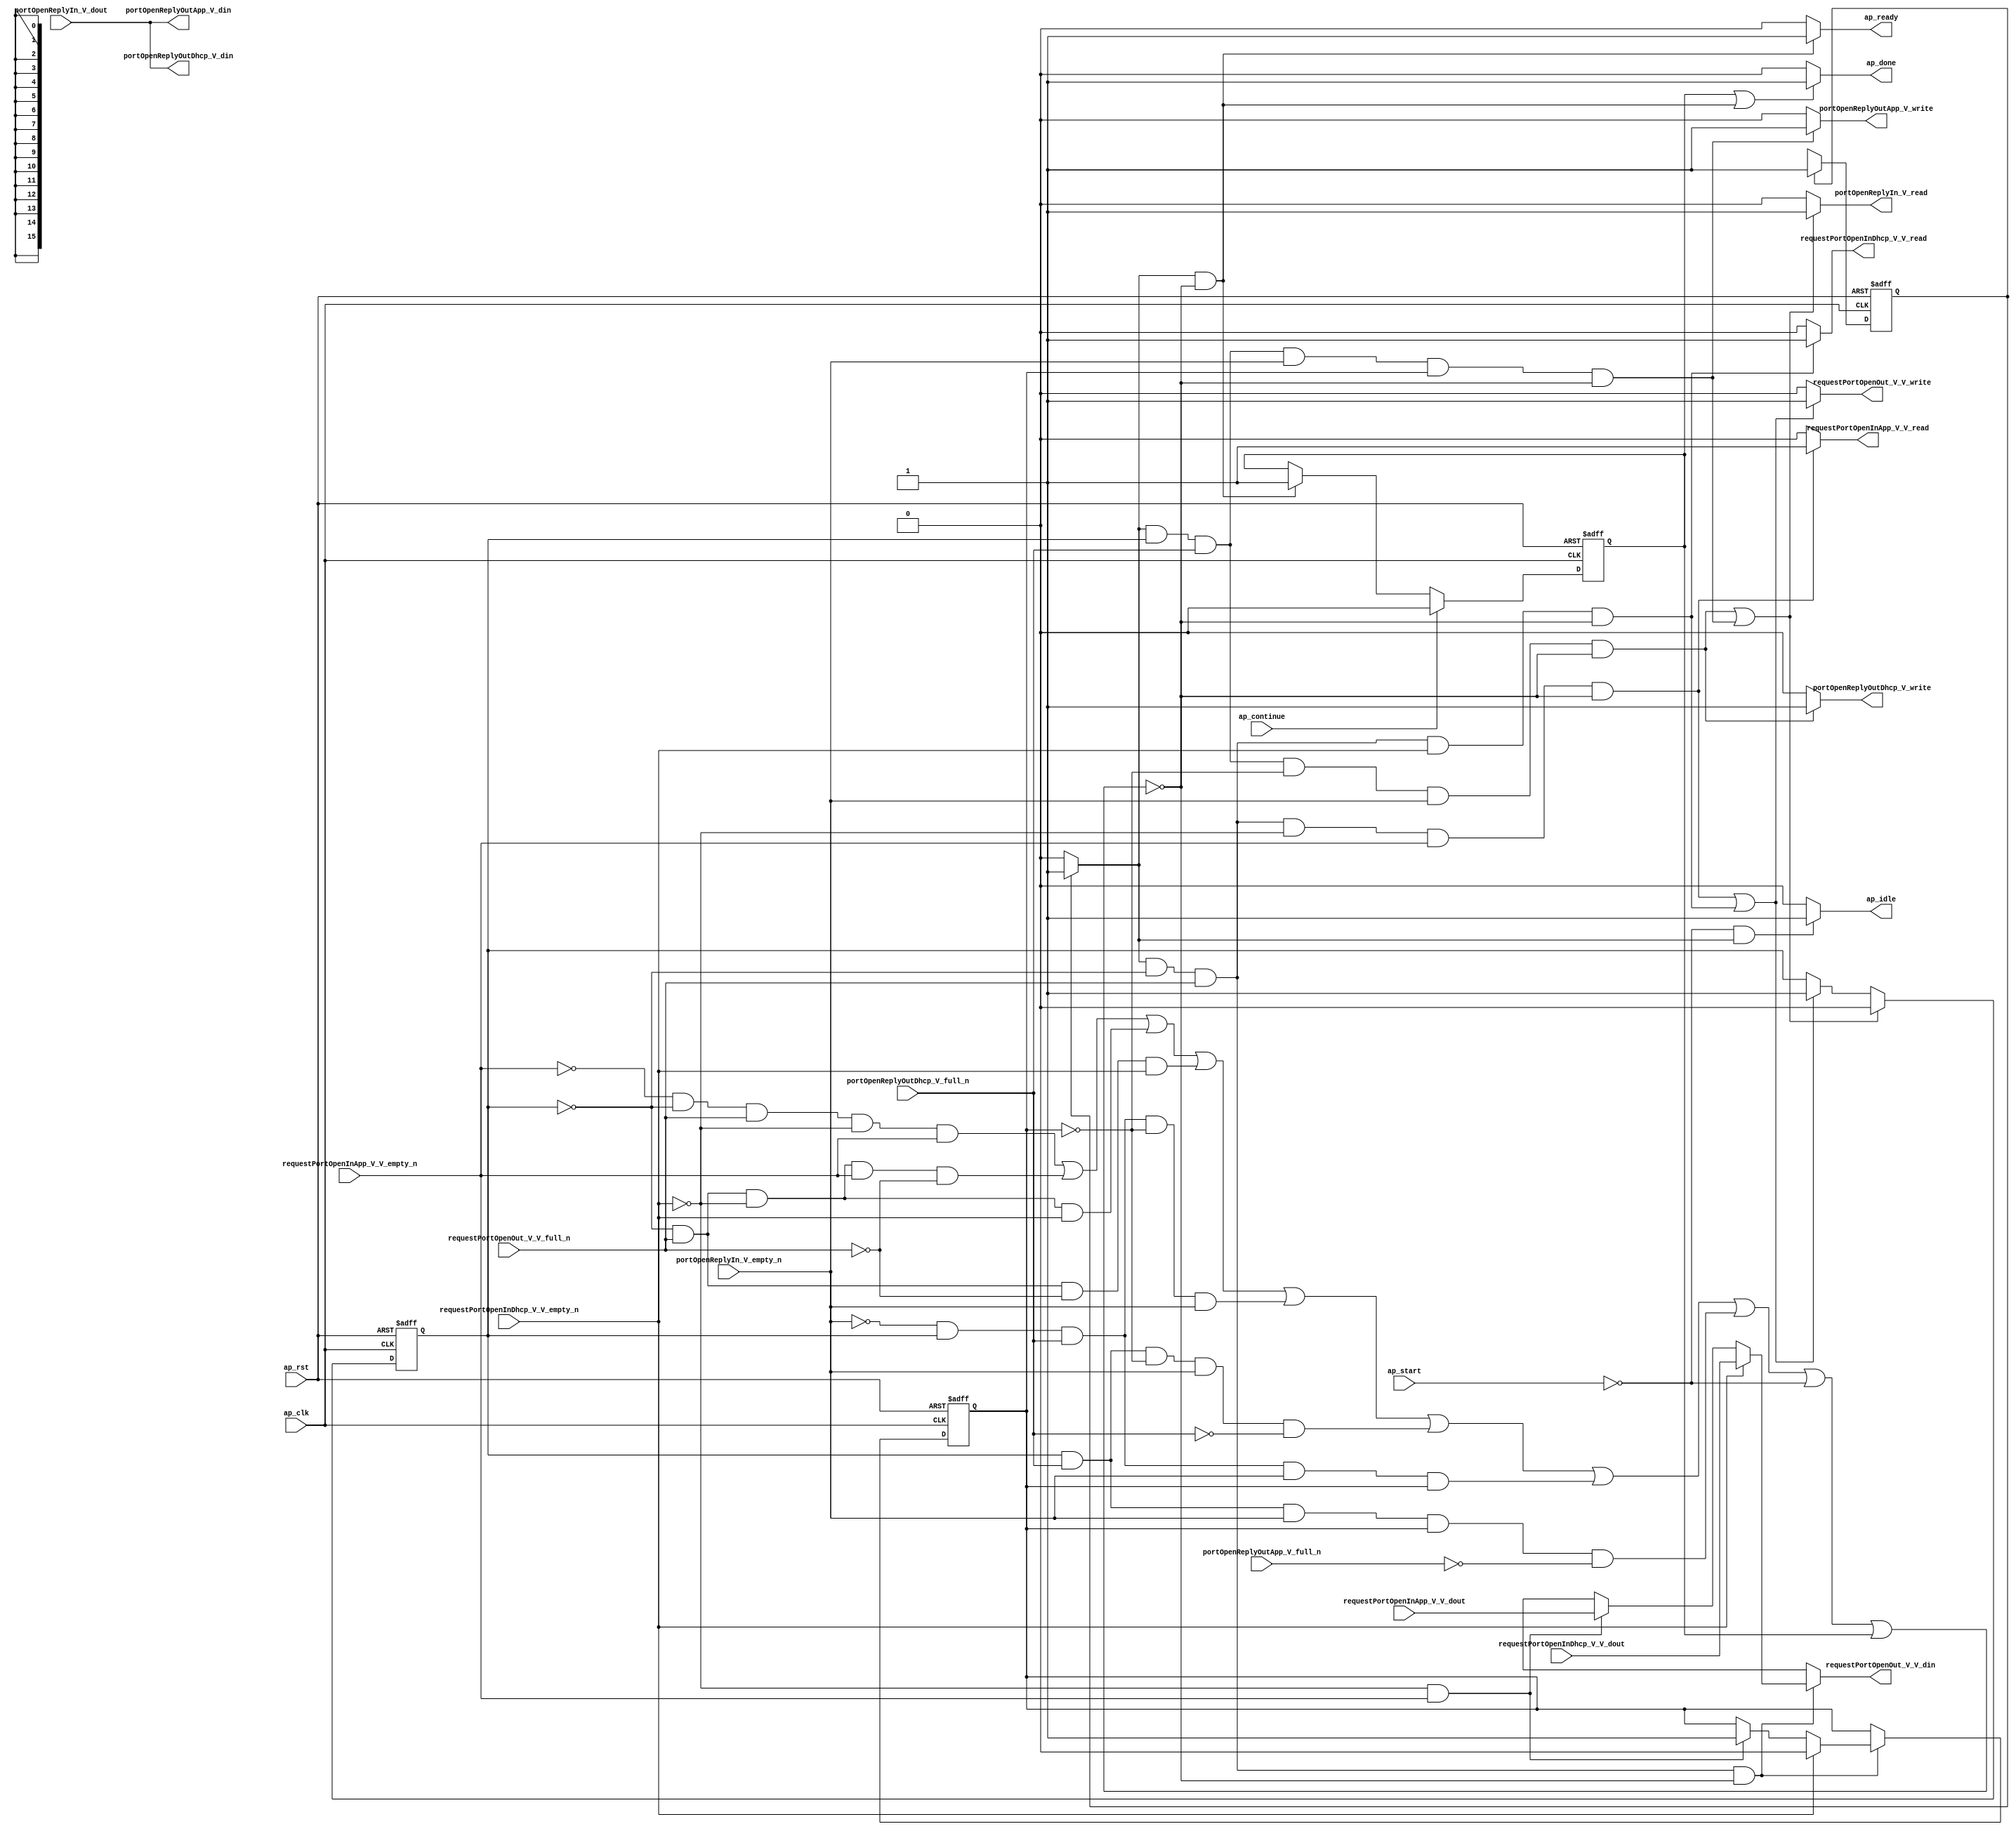
// ==============================================================
// RTL generated by Vivado(TM) HLS - High-Level Synthesis from C, C++ and SystemC
// Version: 2015.1
// Copyright (C) 2015 Xilinx Inc. All rights reserved.
// 
// ===========================================================

`timescale 1 ns / 1 ps 

module udpAppMux_appMuxPortPath (
        ap_clk,
        ap_rst,
        ap_start,
        ap_done,
        ap_continue,
        ap_idle,
        ap_ready,
        requestPortOpenOut_V_V_din,
        requestPortOpenOut_V_V_full_n,
        requestPortOpenOut_V_V_write,
        portOpenReplyIn_V_dout,
        portOpenReplyIn_V_empty_n,
        portOpenReplyIn_V_read,
        requestPortOpenInDhcp_V_V_dout,
        requestPortOpenInDhcp_V_V_empty_n,
        requestPortOpenInDhcp_V_V_read,
        portOpenReplyOutDhcp_V_din,
        portOpenReplyOutDhcp_V_full_n,
        portOpenReplyOutDhcp_V_write,
        requestPortOpenInApp_V_V_dout,
        requestPortOpenInApp_V_V_empty_n,
        requestPortOpenInApp_V_V_read,
        portOpenReplyOutApp_V_din,
        portOpenReplyOutApp_V_full_n,
        portOpenReplyOutApp_V_write
);

parameter    ap_const_logic_1 = 1'b1;
parameter    ap_const_logic_0 = 1'b0;
parameter    ap_ST_st1_fsm_0 = 1'b1;
parameter    ap_const_lv32_0 = 32'b00000000000000000000000000000000;
parameter    ap_const_lv1_1 = 1'b1;
parameter    ap_const_lv1_0 = 1'b0;
parameter    ap_true = 1'b1;

input   ap_clk;
input   ap_rst;
input   ap_start;
output   ap_done;
input   ap_continue;
output   ap_idle;
output   ap_ready;
output  [15:0] requestPortOpenOut_V_V_din;
input   requestPortOpenOut_V_V_full_n;
output   requestPortOpenOut_V_V_write;
input   portOpenReplyIn_V_dout;
input   portOpenReplyIn_V_empty_n;
output   portOpenReplyIn_V_read;
input  [15:0] requestPortOpenInDhcp_V_V_dout;
input   requestPortOpenInDhcp_V_V_empty_n;
output   requestPortOpenInDhcp_V_V_read;
output   portOpenReplyOutDhcp_V_din;
input   portOpenReplyOutDhcp_V_full_n;
output   portOpenReplyOutDhcp_V_write;
input  [15:0] requestPortOpenInApp_V_V_dout;
input   requestPortOpenInApp_V_V_empty_n;
output   requestPortOpenInApp_V_V_read;
output   portOpenReplyOutApp_V_din;
input   portOpenReplyOutApp_V_full_n;
output   portOpenReplyOutApp_V_write;

reg ap_done;
reg ap_idle;
reg ap_ready;
reg[15:0] requestPortOpenOut_V_V_din;
reg requestPortOpenOut_V_V_write;
reg portOpenReplyIn_V_read;
reg requestPortOpenInDhcp_V_V_read;
reg portOpenReplyOutDhcp_V_write;
reg requestPortOpenInApp_V_V_read;
reg portOpenReplyOutApp_V_write;
reg    ap_done_reg = 1'b0;
(* fsm_encoding = "none" *) reg   [0:0] ap_CS_fsm = 1'b1;
reg    ap_sig_cseq_ST_st1_fsm_0;
reg    ap_sig_bdd_20;
reg   [0:0] shimStatePort = 1'b0;
reg   [0:0] streamSourcePort_V = 1'b0;
wire   [0:0] tmp_nbwritereq_fu_88_p3;
wire   [0:0] tmp_2_nbreadreq_fu_96_p3;
wire   [0:0] tmp_3_nbreadreq_fu_104_p3;
wire   [0:0] tmp_1_nbwritereq_fu_133_p3;
wire   [0:0] tmp_4_nbreadreq_fu_141_p3;
reg    ap_sig_bdd_110;
reg   [0:0] ap_NS_fsm;
reg    ap_sig_bdd_142;
reg    ap_sig_bdd_141;




/// the current state (ap_CS_fsm) of the state machine. ///
always @ (posedge ap_rst or posedge ap_clk)
begin : ap_ret_ap_CS_fsm
    if (ap_rst == 1'b1) begin
        ap_CS_fsm <= ap_ST_st1_fsm_0;
    end else begin
        ap_CS_fsm <= ap_NS_fsm;
    end
end

/// ap_done_reg assign process. ///
always @ (posedge ap_rst or posedge ap_clk)
begin : ap_ret_ap_done_reg
    if (ap_rst == 1'b1) begin
        ap_done_reg <= ap_const_logic_0;
    end else begin
        if ((ap_const_logic_1 == ap_continue)) begin
            ap_done_reg <= ap_const_logic_0;
        end else if (((ap_const_logic_1 == ap_sig_cseq_ST_st1_fsm_0) & ~ap_sig_bdd_110)) begin
            ap_done_reg <= ap_const_logic_1;
        end
    end
end

/// shimStatePort assign process. ///
always @ (posedge ap_rst or posedge ap_clk)
begin : ap_ret_shimStatePort
    if (ap_rst == 1'b1) begin
        shimStatePort <= ap_const_lv1_0;
    end else begin
        if ((((ap_const_logic_1 == ap_sig_cseq_ST_st1_fsm_0) & ~(ap_const_lv1_0 == shimStatePort) & ~(ap_const_lv1_0 == tmp_1_nbwritereq_fu_133_p3) & (ap_const_lv1_0 == streamSourcePort_V) & ~(ap_const_lv1_0 == tmp_4_nbreadreq_fu_141_p3) & ~ap_sig_bdd_110) | ((ap_const_logic_1 == ap_sig_cseq_ST_st1_fsm_0) & ~(ap_const_lv1_0 == shimStatePort) & ~(ap_const_lv1_0 == tmp_1_nbwritereq_fu_133_p3) & ~(ap_const_lv1_0 == tmp_4_nbreadreq_fu_141_p3) & ~(ap_const_lv1_0 == streamSourcePort_V) & ~ap_sig_bdd_110))) begin
            shimStatePort <= ap_const_lv1_0;
        end else if ((((ap_const_logic_1 == ap_sig_cseq_ST_st1_fsm_0) & (ap_const_lv1_0 == shimStatePort) & ~(ap_const_lv1_0 == tmp_nbwritereq_fu_88_p3) & (ap_const_lv1_0 == tmp_2_nbreadreq_fu_96_p3) & ~(ap_const_lv1_0 == tmp_3_nbreadreq_fu_104_p3) & ~ap_sig_bdd_110) | ((ap_const_logic_1 == ap_sig_cseq_ST_st1_fsm_0) & (ap_const_lv1_0 == shimStatePort) & ~(ap_const_lv1_0 == tmp_nbwritereq_fu_88_p3) & ~(ap_const_lv1_0 == tmp_2_nbreadreq_fu_96_p3) & ~ap_sig_bdd_110))) begin
            shimStatePort <= ap_const_lv1_1;
        end
    end
end

/// streamSourcePort_V assign process. ///
always @ (posedge ap_rst or posedge ap_clk)
begin : ap_ret_streamSourcePort_V
    if (ap_rst == 1'b1) begin
        streamSourcePort_V <= ap_const_lv1_0;
    end else begin
        if (ap_sig_bdd_141) begin
            if (~(ap_const_lv1_0 == tmp_2_nbreadreq_fu_96_p3)) begin
                streamSourcePort_V <= ap_const_lv1_0;
            end else if (ap_sig_bdd_142) begin
                streamSourcePort_V <= ap_const_lv1_1;
            end
        end
    end
end

/// ap_done assign process. ///
always @ (ap_done_reg or ap_sig_cseq_ST_st1_fsm_0 or ap_sig_bdd_110)
begin
    if (((ap_const_logic_1 == ap_done_reg) | ((ap_const_logic_1 == ap_sig_cseq_ST_st1_fsm_0) & ~ap_sig_bdd_110))) begin
        ap_done = ap_const_logic_1;
    end else begin
        ap_done = ap_const_logic_0;
    end
end

/// ap_idle assign process. ///
always @ (ap_start or ap_sig_cseq_ST_st1_fsm_0)
begin
    if ((~(ap_const_logic_1 == ap_start) & (ap_const_logic_1 == ap_sig_cseq_ST_st1_fsm_0))) begin
        ap_idle = ap_const_logic_1;
    end else begin
        ap_idle = ap_const_logic_0;
    end
end

/// ap_ready assign process. ///
always @ (ap_sig_cseq_ST_st1_fsm_0 or ap_sig_bdd_110)
begin
    if (((ap_const_logic_1 == ap_sig_cseq_ST_st1_fsm_0) & ~ap_sig_bdd_110)) begin
        ap_ready = ap_const_logic_1;
    end else begin
        ap_ready = ap_const_logic_0;
    end
end

/// ap_sig_cseq_ST_st1_fsm_0 assign process. ///
always @ (ap_sig_bdd_20)
begin
    if (ap_sig_bdd_20) begin
        ap_sig_cseq_ST_st1_fsm_0 = ap_const_logic_1;
    end else begin
        ap_sig_cseq_ST_st1_fsm_0 = ap_const_logic_0;
    end
end

/// portOpenReplyIn_V_read assign process. ///
always @ (ap_sig_cseq_ST_st1_fsm_0 or shimStatePort or streamSourcePort_V or tmp_1_nbwritereq_fu_133_p3 or tmp_4_nbreadreq_fu_141_p3 or ap_sig_bdd_110)
begin
    if ((((ap_const_logic_1 == ap_sig_cseq_ST_st1_fsm_0) & ~(ap_const_lv1_0 == shimStatePort) & ~(ap_const_lv1_0 == tmp_1_nbwritereq_fu_133_p3) & (ap_const_lv1_0 == streamSourcePort_V) & ~(ap_const_lv1_0 == tmp_4_nbreadreq_fu_141_p3) & ~ap_sig_bdd_110) | ((ap_const_logic_1 == ap_sig_cseq_ST_st1_fsm_0) & ~(ap_const_lv1_0 == shimStatePort) & ~(ap_const_lv1_0 == tmp_1_nbwritereq_fu_133_p3) & ~(ap_const_lv1_0 == tmp_4_nbreadreq_fu_141_p3) & ~(ap_const_lv1_0 == streamSourcePort_V) & ~ap_sig_bdd_110))) begin
        portOpenReplyIn_V_read = ap_const_logic_1;
    end else begin
        portOpenReplyIn_V_read = ap_const_logic_0;
    end
end

/// portOpenReplyOutApp_V_write assign process. ///
always @ (ap_sig_cseq_ST_st1_fsm_0 or shimStatePort or streamSourcePort_V or tmp_1_nbwritereq_fu_133_p3 or tmp_4_nbreadreq_fu_141_p3 or ap_sig_bdd_110)
begin
    if (((ap_const_logic_1 == ap_sig_cseq_ST_st1_fsm_0) & ~(ap_const_lv1_0 == shimStatePort) & ~(ap_const_lv1_0 == tmp_1_nbwritereq_fu_133_p3) & ~(ap_const_lv1_0 == tmp_4_nbreadreq_fu_141_p3) & ~(ap_const_lv1_0 == streamSourcePort_V) & ~ap_sig_bdd_110)) begin
        portOpenReplyOutApp_V_write = ap_const_logic_1;
    end else begin
        portOpenReplyOutApp_V_write = ap_const_logic_0;
    end
end

/// portOpenReplyOutDhcp_V_write assign process. ///
always @ (ap_sig_cseq_ST_st1_fsm_0 or shimStatePort or streamSourcePort_V or tmp_1_nbwritereq_fu_133_p3 or tmp_4_nbreadreq_fu_141_p3 or ap_sig_bdd_110)
begin
    if (((ap_const_logic_1 == ap_sig_cseq_ST_st1_fsm_0) & ~(ap_const_lv1_0 == shimStatePort) & ~(ap_const_lv1_0 == tmp_1_nbwritereq_fu_133_p3) & (ap_const_lv1_0 == streamSourcePort_V) & ~(ap_const_lv1_0 == tmp_4_nbreadreq_fu_141_p3) & ~ap_sig_bdd_110)) begin
        portOpenReplyOutDhcp_V_write = ap_const_logic_1;
    end else begin
        portOpenReplyOutDhcp_V_write = ap_const_logic_0;
    end
end

/// requestPortOpenInApp_V_V_read assign process. ///
always @ (ap_sig_cseq_ST_st1_fsm_0 or shimStatePort or tmp_nbwritereq_fu_88_p3 or tmp_2_nbreadreq_fu_96_p3 or tmp_3_nbreadreq_fu_104_p3 or ap_sig_bdd_110)
begin
    if (((ap_const_logic_1 == ap_sig_cseq_ST_st1_fsm_0) & (ap_const_lv1_0 == shimStatePort) & ~(ap_const_lv1_0 == tmp_nbwritereq_fu_88_p3) & (ap_const_lv1_0 == tmp_2_nbreadreq_fu_96_p3) & ~(ap_const_lv1_0 == tmp_3_nbreadreq_fu_104_p3) & ~ap_sig_bdd_110)) begin
        requestPortOpenInApp_V_V_read = ap_const_logic_1;
    end else begin
        requestPortOpenInApp_V_V_read = ap_const_logic_0;
    end
end

/// requestPortOpenInDhcp_V_V_read assign process. ///
always @ (ap_sig_cseq_ST_st1_fsm_0 or shimStatePort or tmp_nbwritereq_fu_88_p3 or tmp_2_nbreadreq_fu_96_p3 or ap_sig_bdd_110)
begin
    if (((ap_const_logic_1 == ap_sig_cseq_ST_st1_fsm_0) & (ap_const_lv1_0 == shimStatePort) & ~(ap_const_lv1_0 == tmp_nbwritereq_fu_88_p3) & ~(ap_const_lv1_0 == tmp_2_nbreadreq_fu_96_p3) & ~ap_sig_bdd_110)) begin
        requestPortOpenInDhcp_V_V_read = ap_const_logic_1;
    end else begin
        requestPortOpenInDhcp_V_V_read = ap_const_logic_0;
    end
end

/// requestPortOpenOut_V_V_din assign process. ///
always @ (requestPortOpenInDhcp_V_V_dout or requestPortOpenInApp_V_V_dout or tmp_2_nbreadreq_fu_96_p3 or ap_sig_bdd_142 or ap_sig_bdd_141)
begin
    if (ap_sig_bdd_141) begin
        if (~(ap_const_lv1_0 == tmp_2_nbreadreq_fu_96_p3)) begin
            requestPortOpenOut_V_V_din = requestPortOpenInDhcp_V_V_dout;
        end else if (ap_sig_bdd_142) begin
            requestPortOpenOut_V_V_din = requestPortOpenInApp_V_V_dout;
        end else begin
            requestPortOpenOut_V_V_din = 'bx;
        end
    end else begin
        requestPortOpenOut_V_V_din = 'bx;
    end
end

/// requestPortOpenOut_V_V_write assign process. ///
always @ (ap_sig_cseq_ST_st1_fsm_0 or shimStatePort or tmp_nbwritereq_fu_88_p3 or tmp_2_nbreadreq_fu_96_p3 or tmp_3_nbreadreq_fu_104_p3 or ap_sig_bdd_110)
begin
    if ((((ap_const_logic_1 == ap_sig_cseq_ST_st1_fsm_0) & (ap_const_lv1_0 == shimStatePort) & ~(ap_const_lv1_0 == tmp_nbwritereq_fu_88_p3) & (ap_const_lv1_0 == tmp_2_nbreadreq_fu_96_p3) & ~(ap_const_lv1_0 == tmp_3_nbreadreq_fu_104_p3) & ~ap_sig_bdd_110) | ((ap_const_logic_1 == ap_sig_cseq_ST_st1_fsm_0) & (ap_const_lv1_0 == shimStatePort) & ~(ap_const_lv1_0 == tmp_nbwritereq_fu_88_p3) & ~(ap_const_lv1_0 == tmp_2_nbreadreq_fu_96_p3) & ~ap_sig_bdd_110))) begin
        requestPortOpenOut_V_V_write = ap_const_logic_1;
    end else begin
        requestPortOpenOut_V_V_write = ap_const_logic_0;
    end
end
/// the next state (ap_NS_fsm) of the state machine. ///
always @ (ap_CS_fsm or ap_sig_bdd_110)
begin
    case (ap_CS_fsm)
        ap_ST_st1_fsm_0 : 
        begin
            ap_NS_fsm = ap_ST_st1_fsm_0;
        end
        default : 
        begin
            ap_NS_fsm = 'bx;
        end
    endcase
end


/// ap_sig_bdd_110 assign process. ///
always @ (ap_start or ap_done_reg or requestPortOpenOut_V_V_full_n or portOpenReplyIn_V_empty_n or requestPortOpenInDhcp_V_V_empty_n or portOpenReplyOutDhcp_V_full_n or requestPortOpenInApp_V_V_empty_n or portOpenReplyOutApp_V_full_n or shimStatePort or streamSourcePort_V or tmp_nbwritereq_fu_88_p3 or tmp_2_nbreadreq_fu_96_p3 or tmp_3_nbreadreq_fu_104_p3 or tmp_1_nbwritereq_fu_133_p3 or tmp_4_nbreadreq_fu_141_p3)
begin
    ap_sig_bdd_110 = (((requestPortOpenInApp_V_V_empty_n == ap_const_logic_0) & (ap_const_lv1_0 == shimStatePort) & ~(ap_const_lv1_0 == tmp_nbwritereq_fu_88_p3) & (ap_const_lv1_0 == tmp_2_nbreadreq_fu_96_p3) & ~(ap_const_lv1_0 == tmp_3_nbreadreq_fu_104_p3)) | ((ap_const_lv1_0 == shimStatePort) & ~(ap_const_lv1_0 == tmp_nbwritereq_fu_88_p3) & (ap_const_lv1_0 == tmp_2_nbreadreq_fu_96_p3) & ~(ap_const_lv1_0 == tmp_3_nbreadreq_fu_104_p3) & (requestPortOpenOut_V_V_full_n == ap_const_logic_0)) | ((ap_const_lv1_0 == shimStatePort) & ~(ap_const_lv1_0 == tmp_nbwritereq_fu_88_p3) & (requestPortOpenInDhcp_V_V_empty_n == ap_const_logic_0) & ~(ap_const_lv1_0 == tmp_2_nbreadreq_fu_96_p3)) | ((ap_const_lv1_0 == shimStatePort) & ~(ap_const_lv1_0 == tmp_nbwritereq_fu_88_p3) & (requestPortOpenOut_V_V_full_n == ap_const_logic_0) & ~(ap_const_lv1_0 == tmp_2_nbreadreq_fu_96_p3)) | ((portOpenReplyIn_V_empty_n == ap_const_logic_0) & ~(ap_const_lv1_0 == shimStatePort) & ~(ap_const_lv1_0 == tmp_1_nbwritereq_fu_133_p3) & (ap_const_lv1_0 == streamSourcePort_V) & ~(ap_const_lv1_0 == tmp_4_nbreadreq_fu_141_p3)) | (~(ap_const_lv1_0 == shimStatePort) & ~(ap_const_lv1_0 == tmp_1_nbwritereq_fu_133_p3) & (ap_const_lv1_0 == streamSourcePort_V) & ~(ap_const_lv1_0 == tmp_4_nbreadreq_fu_141_p3) & (portOpenReplyOutDhcp_V_full_n == ap_const_logic_0)) | ((portOpenReplyIn_V_empty_n == ap_const_logic_0) & ~(ap_const_lv1_0 == shimStatePort) & ~(ap_const_lv1_0 == tmp_1_nbwritereq_fu_133_p3) & ~(ap_const_lv1_0 == tmp_4_nbreadreq_fu_141_p3) & ~(ap_const_lv1_0 == streamSourcePort_V)) | (~(ap_const_lv1_0 == shimStatePort) & ~(ap_const_lv1_0 == tmp_1_nbwritereq_fu_133_p3) & ~(ap_const_lv1_0 == tmp_4_nbreadreq_fu_141_p3) & ~(ap_const_lv1_0 == streamSourcePort_V) & (portOpenReplyOutApp_V_full_n == ap_const_logic_0)) | (ap_start == ap_const_logic_0) | (ap_done_reg == ap_const_logic_1));
end

/// ap_sig_bdd_141 assign process. ///
always @ (ap_sig_cseq_ST_st1_fsm_0 or shimStatePort or tmp_nbwritereq_fu_88_p3 or ap_sig_bdd_110)
begin
    ap_sig_bdd_141 = ((ap_const_logic_1 == ap_sig_cseq_ST_st1_fsm_0) & (ap_const_lv1_0 == shimStatePort) & ~(ap_const_lv1_0 == tmp_nbwritereq_fu_88_p3) & ~ap_sig_bdd_110);
end

/// ap_sig_bdd_142 assign process. ///
always @ (tmp_2_nbreadreq_fu_96_p3 or tmp_3_nbreadreq_fu_104_p3)
begin
    ap_sig_bdd_142 = ((ap_const_lv1_0 == tmp_2_nbreadreq_fu_96_p3) & ~(ap_const_lv1_0 == tmp_3_nbreadreq_fu_104_p3));
end

/// ap_sig_bdd_20 assign process. ///
always @ (ap_CS_fsm)
begin
    ap_sig_bdd_20 = (ap_CS_fsm[ap_const_lv32_0] == ap_const_lv1_1);
end
assign portOpenReplyOutApp_V_din = portOpenReplyIn_V_dout;
assign portOpenReplyOutDhcp_V_din = portOpenReplyIn_V_dout;
assign tmp_1_nbwritereq_fu_133_p3 = portOpenReplyOutDhcp_V_full_n;
assign tmp_2_nbreadreq_fu_96_p3 = requestPortOpenInDhcp_V_V_empty_n;
assign tmp_3_nbreadreq_fu_104_p3 = requestPortOpenInApp_V_V_empty_n;
assign tmp_4_nbreadreq_fu_141_p3 = portOpenReplyIn_V_empty_n;
assign tmp_nbwritereq_fu_88_p3 = requestPortOpenOut_V_V_full_n;


endmodule //udpAppMux_appMuxPortPath